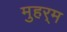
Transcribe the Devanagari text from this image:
मुहर्‍म